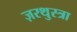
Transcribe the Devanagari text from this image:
ज़रथुस्त्रा